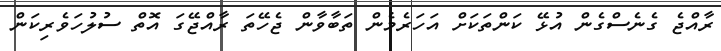
ރާއްޖެ ގެނެސްގެން އުޅޭ ކަންތަކަށް އަހަރެމެން ތަބާވާން ޖެހޭތަ ރާއްޖޭގަ އޮތް ސުލުހަވެރިކަން